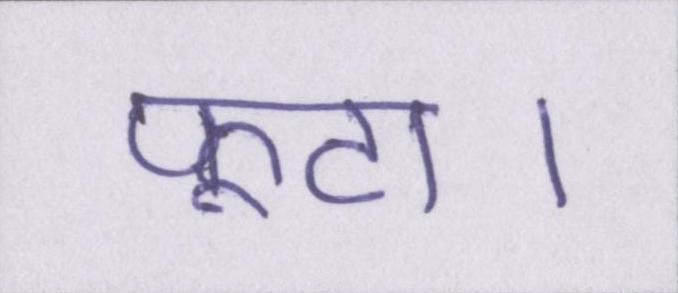
फूटा।